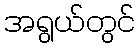
အရွယ်တွင်